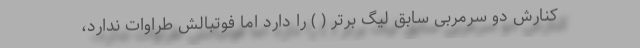
کنارش دو سرمربی سابق لیگ برتر ( ) را دارد اما فوتبالش طراوات ندارد،